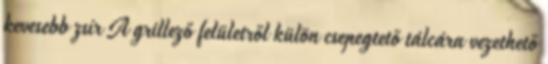
kevesebb zsír A grillező felületről külön csepegtető tálcára vezethető